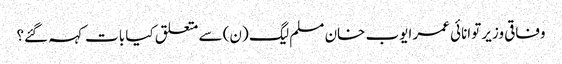
وفاقی وزیر توانائی عمر ایوب خان مسلم لیگ (ن) سے متعلق کیا بات کہہ گئے؟